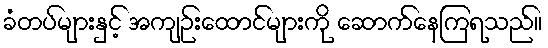
ခံတပ်များနှင့် အကျဉ်းထောင်များကို ဆောက်နေကြရသည်။